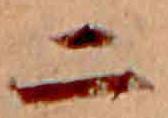
二